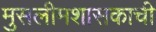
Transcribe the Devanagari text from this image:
मुसलीमशासकाची